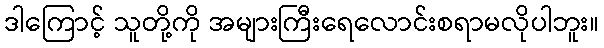
ဒါကြောင့် သူတို့ကို အများကြီးရေလောင်းစရာမလိုပါဘူး။